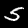
Digit: 5